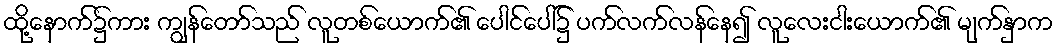
ထို့နောက်၌ကား ကျွန်တော်သည် လူတစ်ယောက်၏ ပေါင်ပေါ်၌ ပက်လက်လန်နေ၍ လူလေးငါးယောက်၏ မျက်နှာက